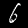
Label: 6